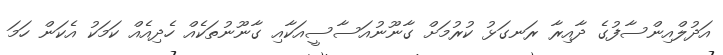
އަދުލްއިންސާފުގެ ދާއިރާ ރަނގަޅު ކުރުމަށް ގާނޫނުއަސާސީއަކާއި ގާނޫނުތަކެއް ހެދިއެއް ކަމަކު އެކަން ހަމަ